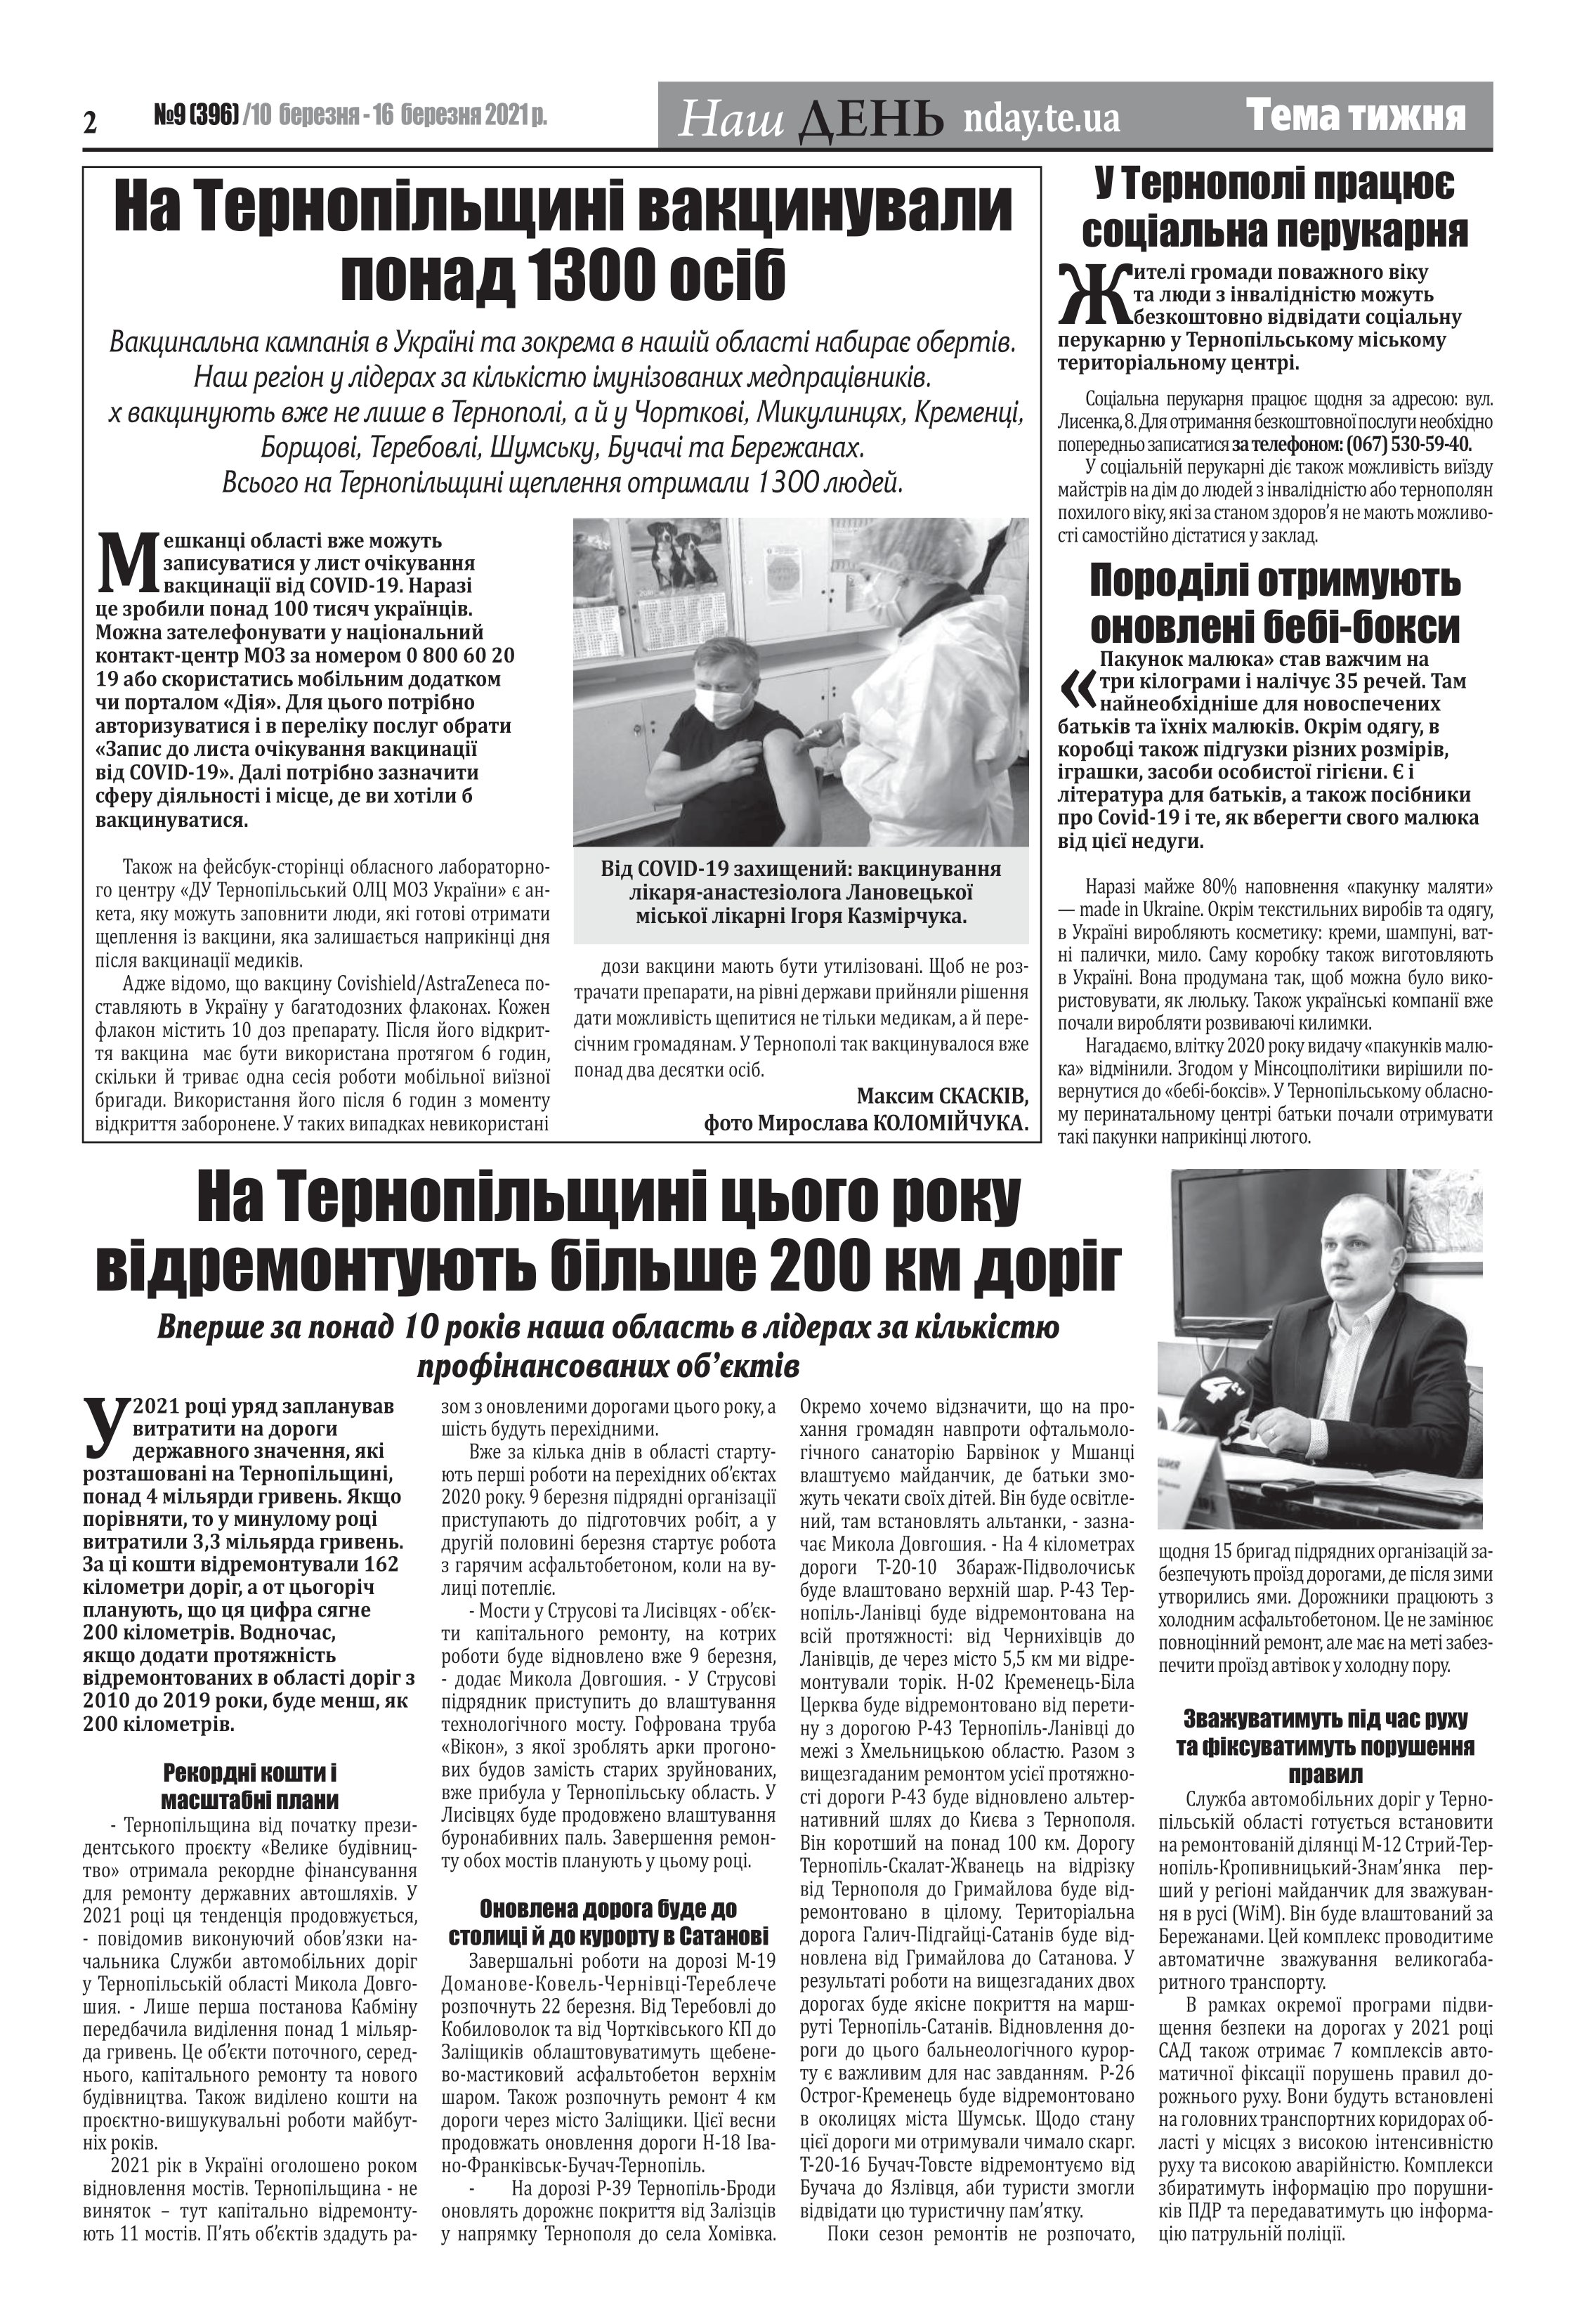
Language: uk